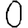
Digit: 0